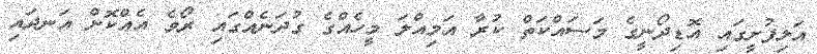
އަލިފުށީގައި އޮޑިދޯނީގެ މަސައްކަތް ކުރާ އަމިއްލަ މީހެއްގެ ގުދަނެއްގައި ރޯވެ އެއްކޮށް އަނދައި